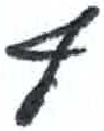
אות: ף